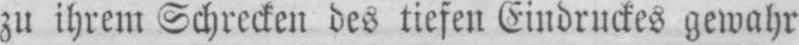
zu ihrem Schrecken des tiefen Eindruckes gewahr